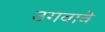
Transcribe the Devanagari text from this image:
उगवावे